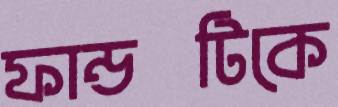
ফান্ডটিকে